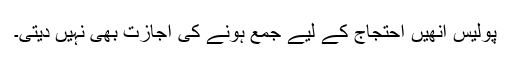
پولیس انھیں احتجاج کے لیے جمع ہونے کی اجازت بھی نہیں دیتی۔